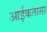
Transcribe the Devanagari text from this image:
आईकतासा